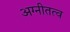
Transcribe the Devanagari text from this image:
अग्नीतत्व